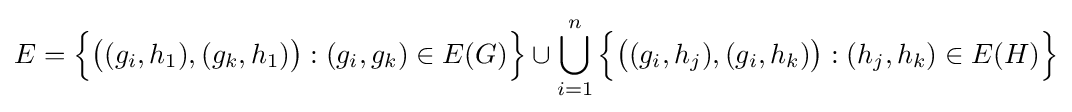
E={\Bigl \{}{\bigl (}(g_{i},h_{1}),(g_{k},h_{1}){\bigr )}:(g_{i},g_{k})\in E(G){\Bigr \}}\cup \bigcup _{i=1}^{n}{\Bigl \{}{\bigl (}(g_{i},h_{j}),(g_{i},h_{k}){\bigr )}:(h_{j},h_{k})\in E(H){\Bigr \}}